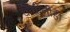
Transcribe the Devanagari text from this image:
चौघींनीही